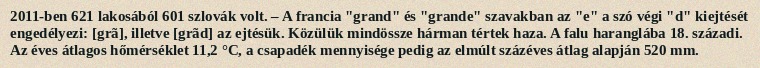
2011-ben 621 lakosából 601 szlovák volt. – A francia "grand" és "grande" szavakban az "e" a szó végi "d" kiejtését engedélyezi: [grã], illetve [grãd] az ejtésük. Közülük mindössze hárman tértek haza. A falu haranglába 18. századi. Az éves átlagos hőmérséklet 11,2 °C, a csapadék mennyisége pedig az elmúlt százéves átlag alapján 520 mm.